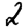
Digit: 2